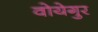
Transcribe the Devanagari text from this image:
वोयेगुर